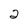
Character: 2